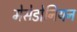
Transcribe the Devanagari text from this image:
मेसेडोनियन